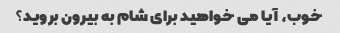
خوب، آیا می خواهید برای شام به بیرون بروید؟